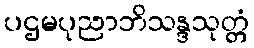
ပဌမပုညာဘိသန္ဒသုတ္တံ